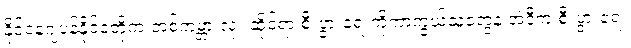
နိုင်ငံနဲ့ဂျပန်နိုင်ငံတို့က တစ်ကမ္ဘာ လုံး ဆိုင်ရာ စီးပွားရေးကိုကာကွယ်သူတွေနဲ့ အဲဒီက စီးပွားရေး